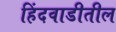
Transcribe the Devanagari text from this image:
हिंदवाडीतील